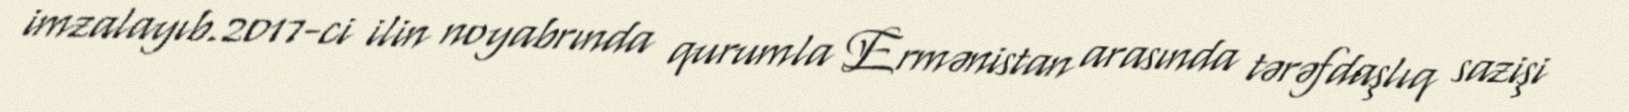
imzalayıb.2017-ci ilin noyabrında qurumla Ermənistan arasında tərəfdaşlıq sazişi